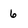
Character: 6